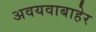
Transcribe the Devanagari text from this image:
अवयवाबाहेर